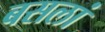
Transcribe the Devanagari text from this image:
बसलां